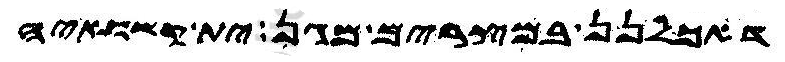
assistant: דאכלנן במצרים מגן ית קשואיה